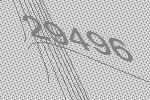
29496